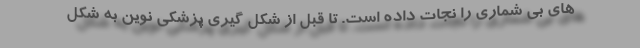
های بی شماری را نجات داده است. تا قبل از شکل گیری پزشکی نوین به شکل